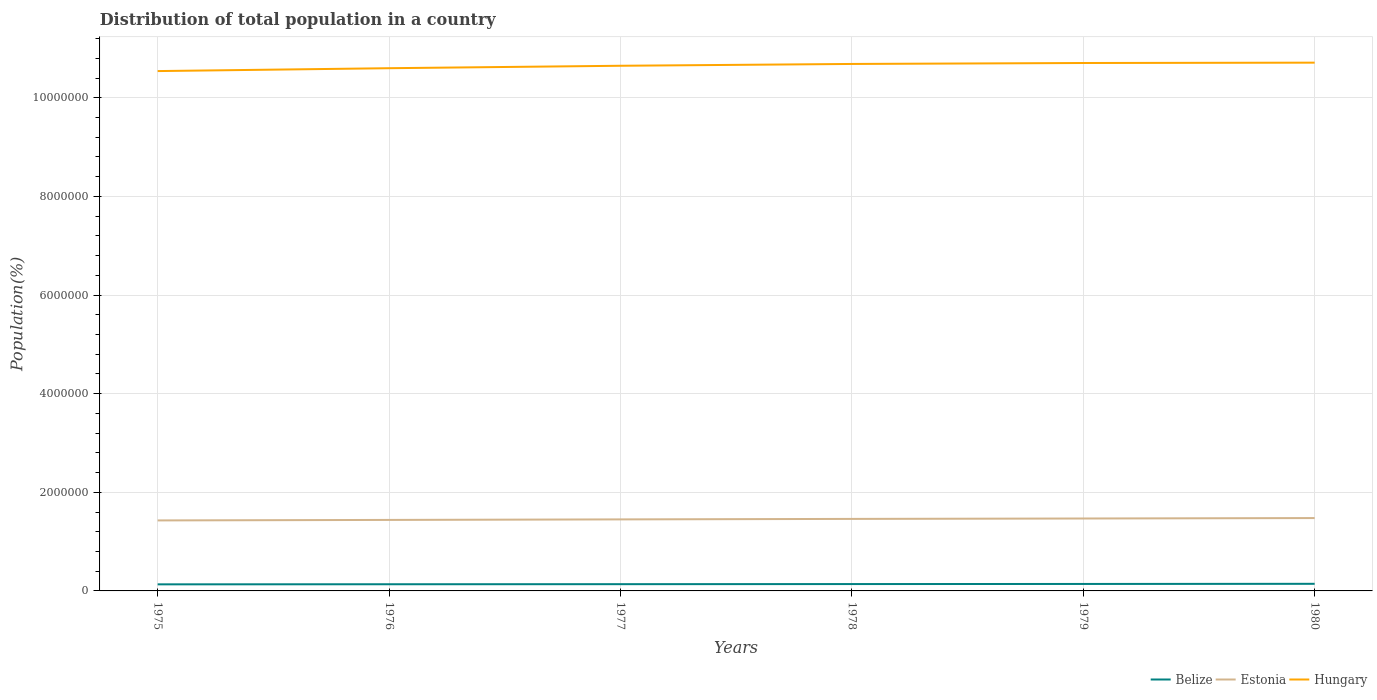
| Years | Belize | Estonia | Hungary |
 | --- | --- | --- | --- |
 | 1975 | 1.33e+05 | 1.43e+06 | 1.05e+07 |
 | 1976 | 1.35e+05 | 1.44e+06 | 1.06e+07 |
 | 1977 | 1.37e+05 | 1.45e+06 | 1.06e+07 |
 | 1978 | 1.39e+05 | 1.46e+06 | 1.07e+07 |
 | 1979 | 1.41e+05 | 1.47e+06 | 1.07e+07 |
 | 1980 | 1.44e+05 | 1.48e+06 | 1.07e+07 |